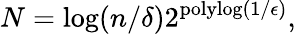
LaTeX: N=\log(n/\delta)2^{\mathrm{polylog}(1/\epsilon)},